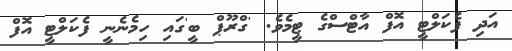
އަދި ފެކަލްޓީ އޮފް އާޓްސްގެ ޓީމެވެ. 'ގްރޫޕް ބީ'ގައި ހިމެނެނީ ފެކަލްޓީ އޮފް